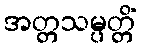
အတ္တသမ္ပတ္တိံ